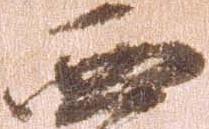
西